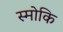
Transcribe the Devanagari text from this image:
स्मोकि